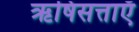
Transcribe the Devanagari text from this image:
ऋषिसत्ताएँ